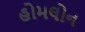
હોમલોન